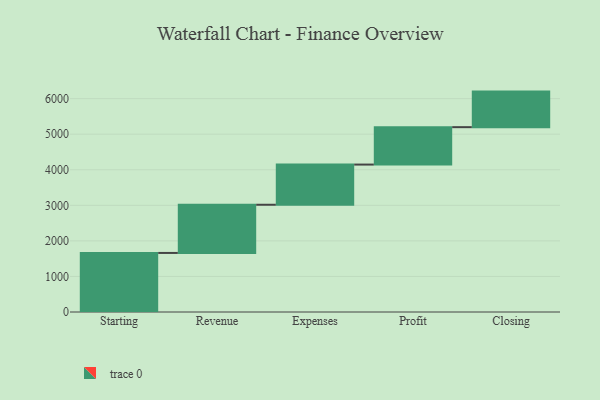
{"axis": {"x": "Step", "y": "Value"}, "legend": [""], "data": [{"x": "Starting", "y": 1661.0, "type": ""}, {"x": "Revenue", "y": 1355.0, "type": ""}, {"x": "Expenses", "y": 1130.0, "type": ""}, {"x": "Profit", "y": 1052.0, "type": ""}, {"x": "Closing", "y": 1000, "type": ""}]}